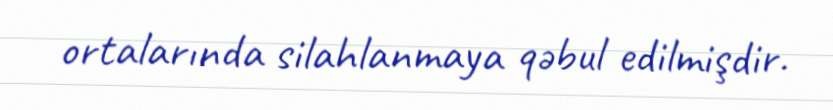
ortalarında silahlanmaya qəbul edilmişdir.